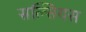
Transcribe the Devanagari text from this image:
सल्सियस